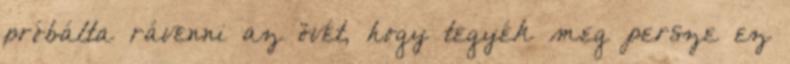
próbálta rávenni az övét, hogy tegyék meg persze ez